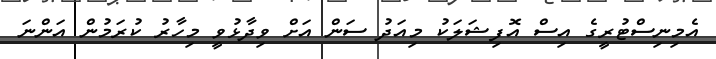
އެމިނިސްޓުރީގެ އިސް އޮފިޝަލަކު މިއަދު ސަން އަށް ވިދާޅުވީ މިހާރު ކުރަމުން އަންނަ